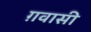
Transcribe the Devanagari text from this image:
ग़वासी